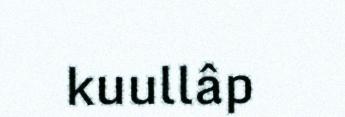
kuullâp